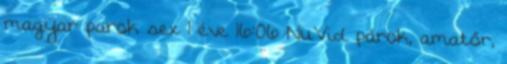
magyar parok sex 1 éve 16:06 NuVid párok, amatőr,